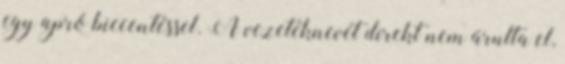
egy apró biccentéssel. A vezetéknevét direkt nem árulta el,